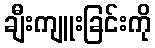
ချီးကျူးခြင်းကို